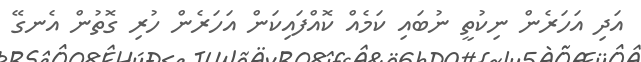
އަދި އަހަރެން ނިކުތީ ނުބައި ކަމެއް ކޮއްފައިކަން އަހަރެން ހުރި ގޮތުން އެނގޭ